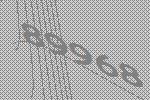
89968